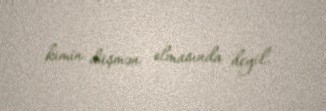
kimin düşmən olmasında deyil.